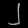
Digit: ၂